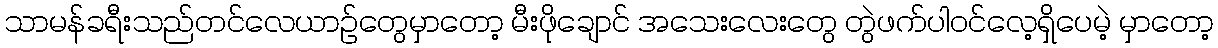
သာမန်ခရီးသည်တင်လေယာဉ်တွေမှာတော့ မီးဖိုချောင် အသေးလေးတွေ တွဲဖက်ပါဝင်လေ့ရှိပေမဲ့ မှာတော့